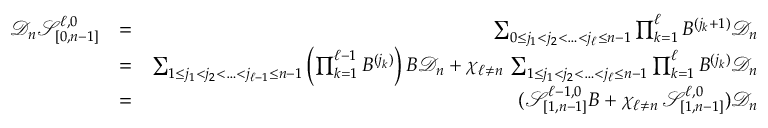
\begin{array} { r l r } { \mathcal { D } _ { n } \mathcal { S } _ { [ 0 , n - 1 ] } ^ { \ell , 0 } } & { = } & { \sum _ { 0 \leq j _ { 1 } < j _ { 2 } < \ldots < j _ { \ell } \leq n - 1 } \prod _ { k = 1 } ^ { \ell } B ^ { ( j _ { k } + 1 ) } \mathcal { D } _ { n } } \\ & { = } & { \sum _ { 1 \leq j _ { 1 } < j _ { 2 } < \ldots < j _ { \ell - 1 } \leq n - 1 } \left( \prod _ { k = 1 } ^ { \ell - 1 } B ^ { ( j _ { k } ) } \right) B \mathcal { D } _ { n } + \chi _ { \ell \neq n } \, \sum _ { 1 \leq j _ { 1 } < j _ { 2 } < \ldots < j _ { \ell } \leq n - 1 } \prod _ { k = 1 } ^ { \ell } B ^ { ( j _ { k } ) } \mathcal { D } _ { n } } \\ & { = } & { ( \mathcal { S } _ { [ 1 , n - 1 ] } ^ { \ell - 1 , 0 } B + \chi _ { \ell \neq n } \, \mathcal { S } _ { [ 1 , n - 1 ] } ^ { \ell , 0 } ) \mathcal { D } _ { n } } \end{array}